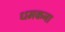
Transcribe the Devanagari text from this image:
धमकना